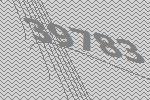
39783